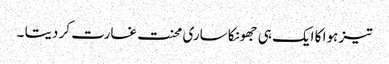
تیز ہوا کا ایک ہی جھونکا ساری محنت غارت کر دیتا ۔